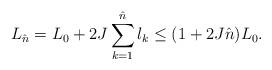
LaTeX: \begin{align*} L_{\hat{n}}=L_0+2J\sum_{k=1}^{\hat{n}}l_k\leq (1+2J\hat{n})L_0. \end{align*}